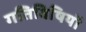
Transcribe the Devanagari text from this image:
गतिविषियों